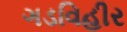
ગડવિહીર